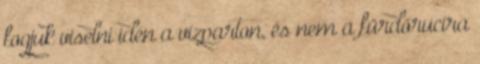
fogjuk viselni idén a vízparton, és nem a fürdőrucira